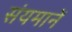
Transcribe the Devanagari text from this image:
संयमानें